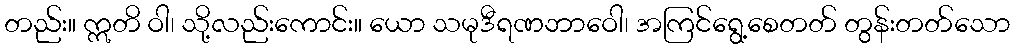
တည်း။ ဣတိ ဝါ၊ သို့လည်းကောင်း။ ယော သမုဒီရဏဘာဝေါ၊ အကြင်ရွေ့စေတတ် တွန်းတတ်သော